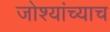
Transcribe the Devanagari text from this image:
जोश्यांच्याच